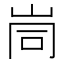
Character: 峝